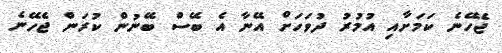
ޖެހޭނެ ކަމަށާއި އުމުރު ދުވަހަށް އޭނާ އެ ބޭސް ބޭނުން ކުރަން ޖެހޭނެ